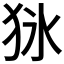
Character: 𤝣